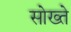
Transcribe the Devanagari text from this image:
सोख्ते